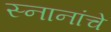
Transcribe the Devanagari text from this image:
स्नानांचे